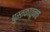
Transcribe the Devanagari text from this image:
पुस्तकातूनच